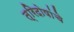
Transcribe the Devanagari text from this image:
त्रिदोषांचे